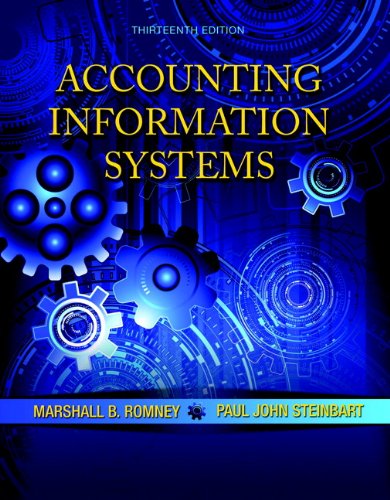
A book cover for Accounting Information Systems (13th Edition); Marshall B. Romney; Computers & Technology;